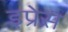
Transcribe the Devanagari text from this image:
इप्रेस